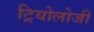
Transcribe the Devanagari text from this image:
ट्रियोलोजी